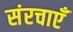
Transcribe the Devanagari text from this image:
संरचाएँ